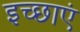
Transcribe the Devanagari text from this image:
इच्‍छाएं